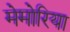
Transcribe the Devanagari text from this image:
मेमोरिया